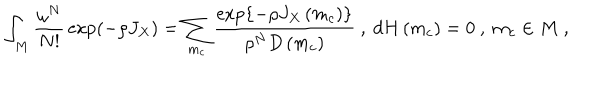
LaTeX: \int _ { M } { \frac { \omega ^ { N } } { N ! } } \exp \left( - \rho J _ { X } \right) = \sum _ { m _ { c } } { \frac { \exp \left\{ - \rho J _ { X } \left( m _ { c } \right) \right\} } { \rho ^ { N } D \left( m _ { c } \right) } } \ , \ d H \left( m _ { c } \right) = 0 \ , \ m _ { c } \in M \ ,